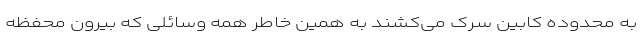
به محدوده کابین سرک می‌کشند به همین خاطر همه وسائلی که بیرون محفظه